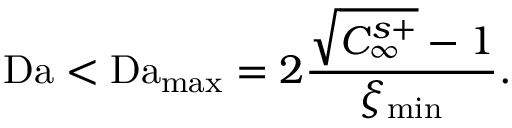
\mathrm { D a } < \mathrm { D a } _ { \mathrm { m a x } } = 2 \frac { \sqrt { C _ { \infty } ^ { s + } } - 1 } { \xi _ { \mathrm { m i n } } } .